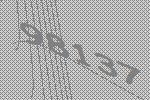
98137